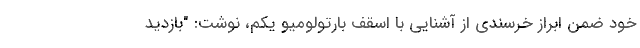
خود ضمن ابراز خرسندی از آشنایی با اسقف بارتولومیو یکم، نوشت: "بازدید